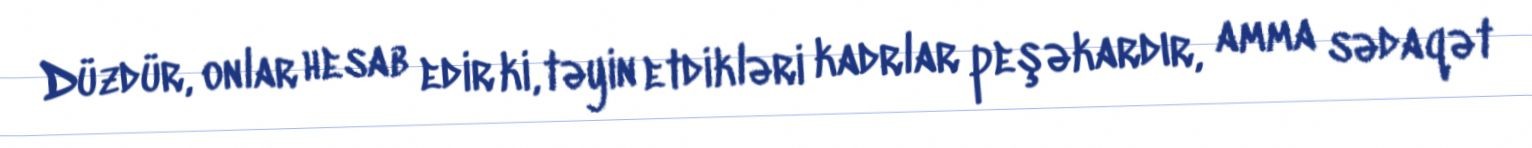
Düzdür, onlar hesab edir ki, təyin etdikləri kadrlar peşəkardır, amma sədaqət